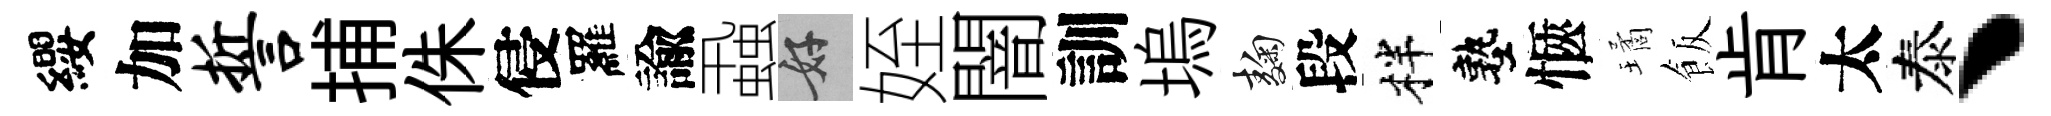
纓加誓捕侏侵羅諭蝨好姪闇訓塢麹段柈塾愜璚飯肯太泰丶